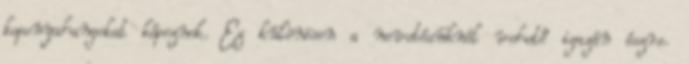
koponyahangokat képeznek. Ez különösen a nevetésüknél vehető igazán észre.